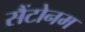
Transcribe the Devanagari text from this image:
सैंटोनम